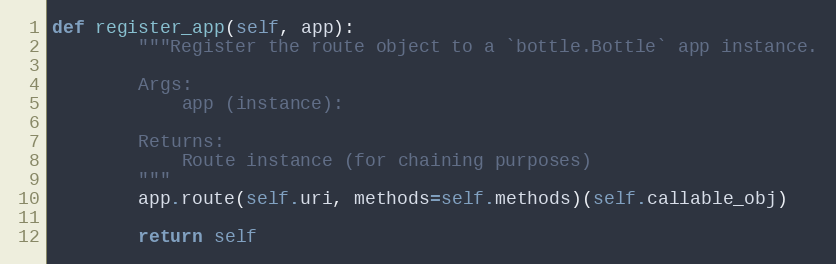
Language: Python
def register_app(self, app):
        """Register the route object to a `bottle.Bottle` app instance.

        Args:
            app (instance):

        Returns:
            Route instance (for chaining purposes)
        """
        app.route(self.uri, methods=self.methods)(self.callable_obj)

        return self